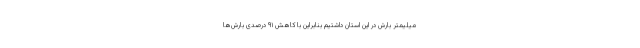
میلیمتر بارش در این استان داشتیم بنابراین با کاهش ۹۱ درصدی بارش‌ها